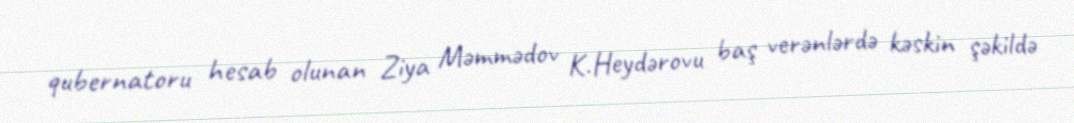
qubernatoru hesab olunan Ziya Məmmədov K.Heydərovu baş verənlərdə kəskin şəkildə